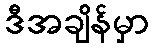
ဒီအချိန်မှာ